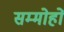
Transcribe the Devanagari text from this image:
सम्मोहों